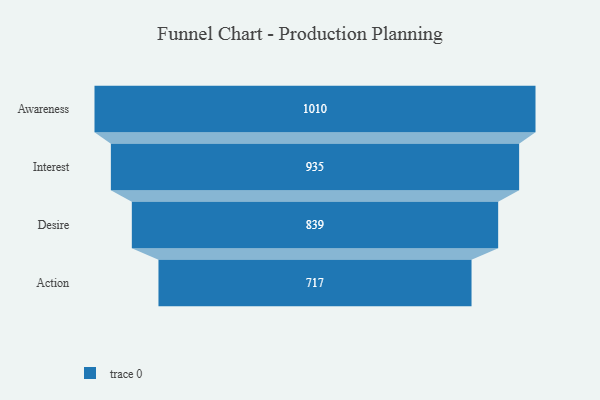
{"axis": {"x": "Stage", "y": "Value"}, "legend": [""], "data": [{"x": "Awareness", "y": 1010.0, "type": ""}, {"x": "Interest", "y": 935.0, "type": ""}, {"x": "Desire", "y": 839.0, "type": ""}, {"x": "Action", "y": 717.0, "type": ""}]}